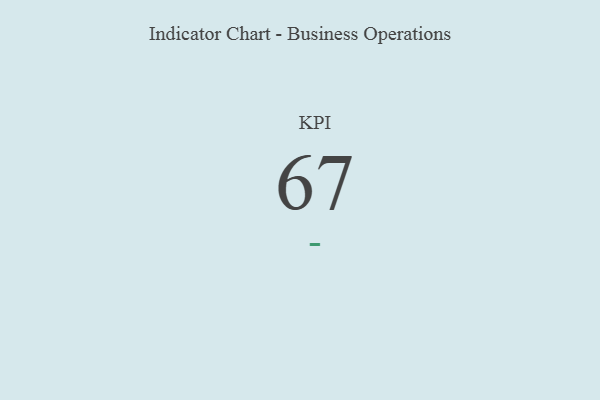
{"axis": {"x": "KPI", "y": "Value"}, "legend": [""], "data": [{"x": "KPI", "y": 67, "type": ""}]}